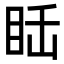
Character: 𥅒